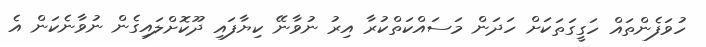
ހުވަފެންތައް ހަގީގަތަކަށް ހަދަން މަސައްކަތްކުރާ އިރު ނުވާނޭ ކިޔާފައި ދޫކޮށްލައިގެން ނުވާނެކަން އެ